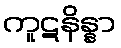
ကူဋနိန္နာ